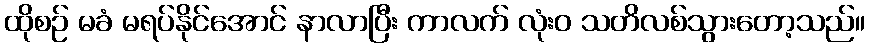
ထိုစဉ် မခံ မရပ်နိုင်အောင် နာလာပြီး ကာလက် လုံးဝ သတိလစ်သွားတော့သည်။